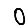
Digit: 0